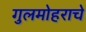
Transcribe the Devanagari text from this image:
गुलमोहराचे